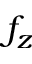
f _ { z }